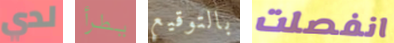
لدي يطرأ بالتوقيع انفصلت